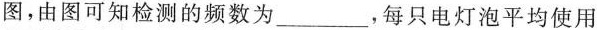
图，由图可知检测的频数为___，每只电灯泡平均使用